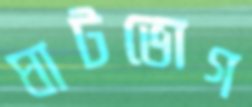
ঘাটভোগ